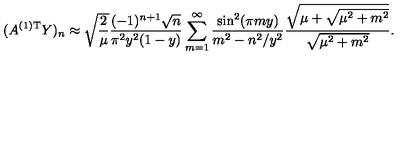
( A ^ { ( 1 ) \mathrm { T } } Y ) _ { n } \approx \sqrt { \frac { 2 } { \mu } } \frac { ( - 1 ) ^ { n + 1 } \sqrt { n } } { \pi ^ { 2 } y ^ { 2 } ( 1 - y ) } \sum _ { m = 1 } ^ { \infty } \frac { \sin ^ { 2 } ( \pi m y ) } { m ^ { 2 } - n ^ { 2 } / y ^ { 2 } } \frac { \sqrt { \mu + \sqrt { \mu ^ { 2 } + m ^ { 2 } } } } { \sqrt { \mu ^ { 2 } + m ^ { 2 } } } .